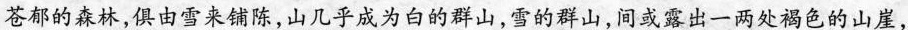
苍郁的森林，俱由雪来铺陈，山几乎成为白的群山，雪的群山，间或露出一两处褐色的山崖，